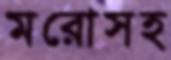
মরোসহ